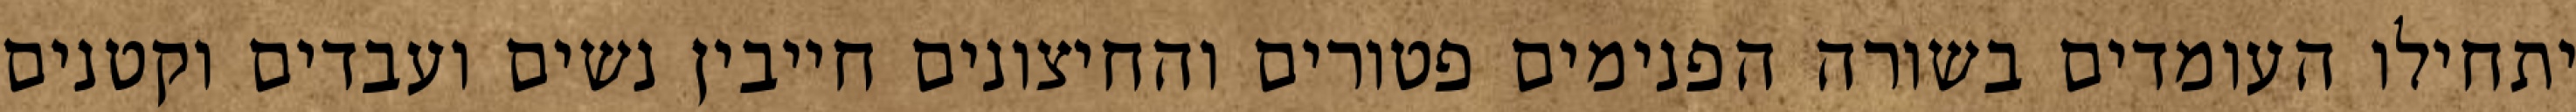
יתחילו העומדים בשורה הפנימים פטורים והחיצונים חייבין נשים ועבדים וקטנים